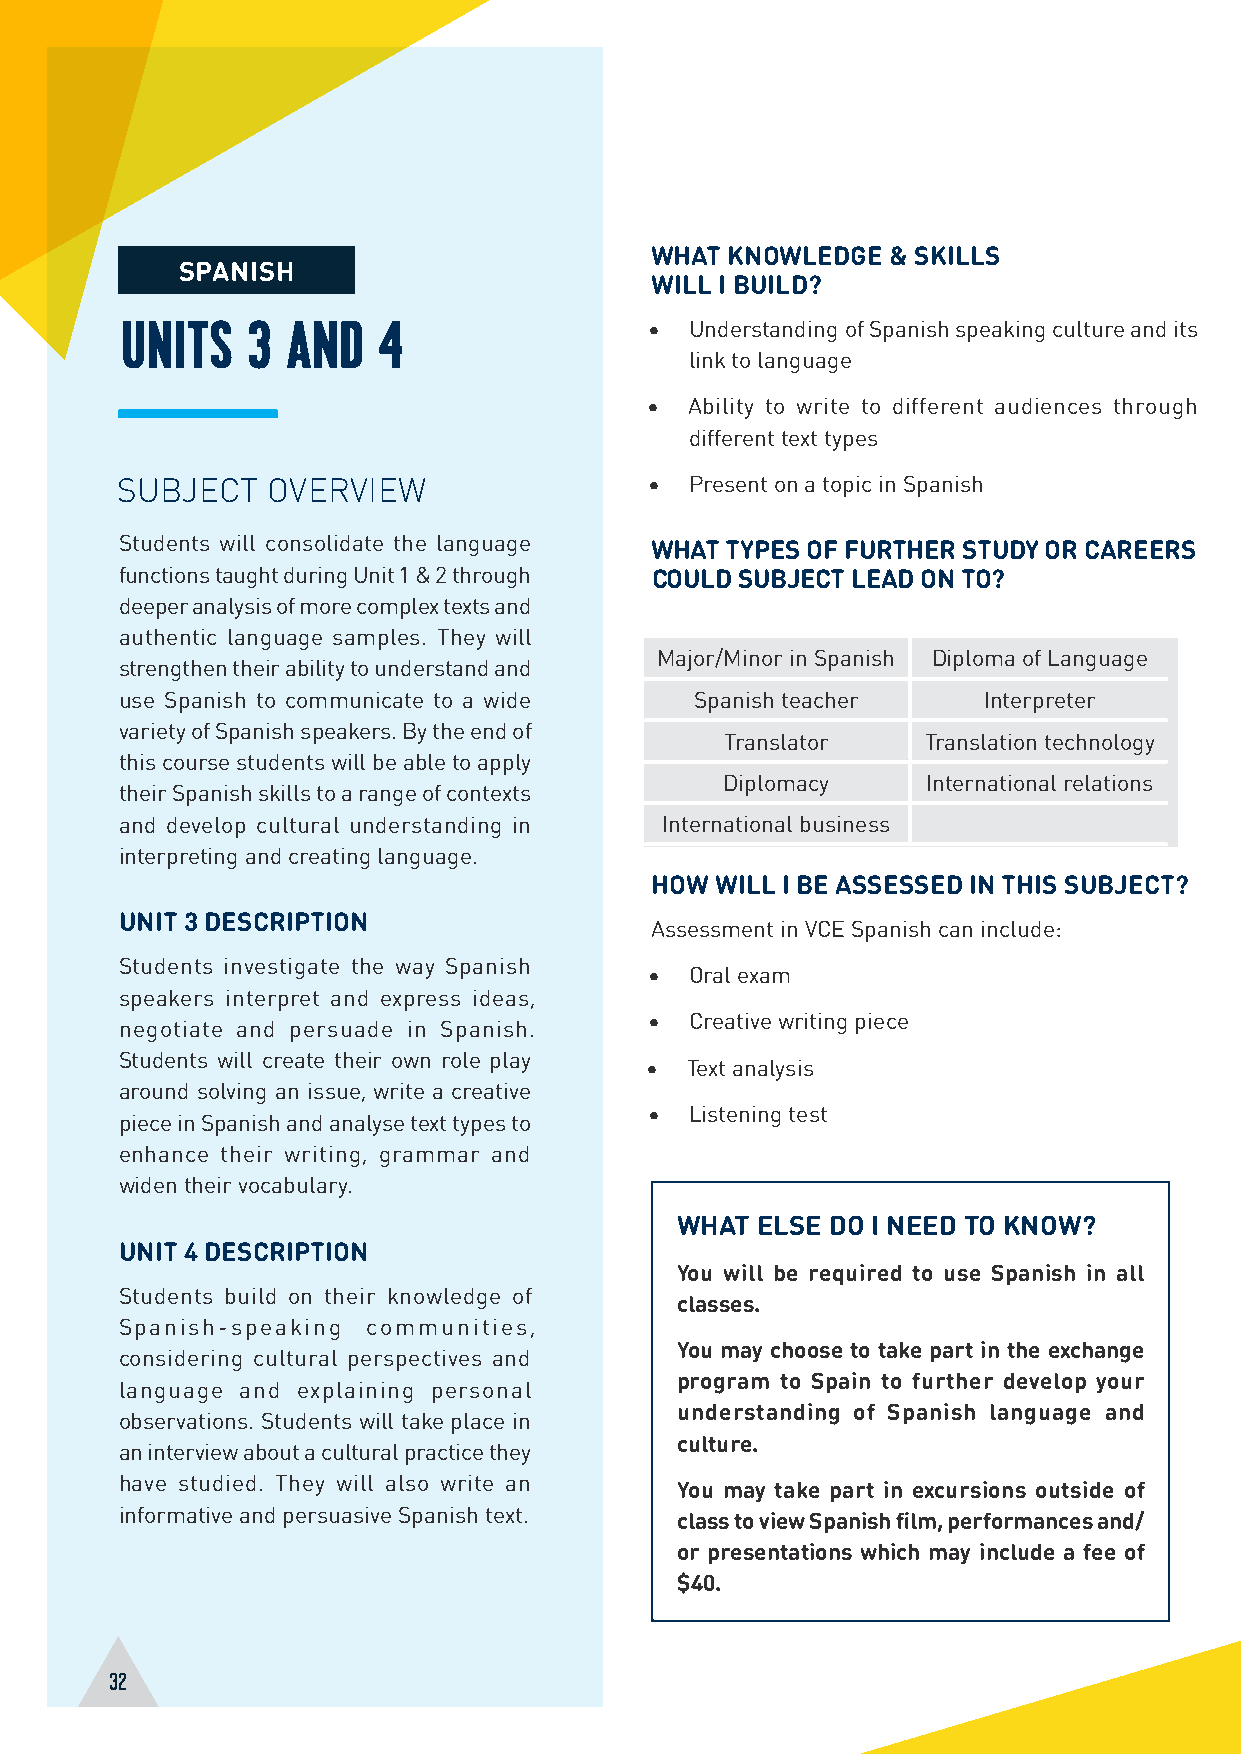
WHAT KNOWLEDGE  & SKILLS
 SPANISH
 WILL I BUILD?
 UNITS   3  AND   4                 •  Understanding of Spanish speaking culture and its
 link to language
 •  Ability to write to different audiences through
 different text types
 SUBJECT   OVERVIEW                 •  Present on a topic in Spanish
 Students will consolidate the language
 WHAT TYPES OF FURTHER STUDY OR CAREERS
 functions taught during Unit 1 & 2 through COULD SUBJECT LEAD ON TO?
 deeper analysis of more complex texts and
 authentic language samples. They will
 Major/Minor in Spanish Diploma of Language
 strengthen their ability to understand and
 use Spanish to communicate to a wide  Spanish teacher    Interpreter
 variety of Spanish speakers. By the end of
 Translator   Translation technology
 this course students will be able to apply
 Diplomacy    International relations
 their Spanish skills to a range of contexts
 and develop cultural understanding in International business
 interpreting and creating language.
 HOW WILL I BE ASSESSED IN THIS SUBJECT?
 UNIT 3 DESCRIPTION
 Assessment in VCE Spanish can include:
 Students investigate the way Spanish
 •  Oral exam
 speakers interpret and express ideas,
 •  Creative writing piece
 negotiate and persuade in Spanish.
 Students will create their own role play
 • Text analysis
 around solving an issue, write a creative
 •  Listening test
 piece in Spanish and analyse text types to
 enhance their writing, grammar and
 widen their vocabulary.
 WHAT ELSE DO I NEED TO KNOW?
 UNIT 4 DESCRIPTION
 You will be required to use Spanish in all
 Students build on their knowledge of
 classes.
 Spanish-speaking communities,
 You may choose to take part in the exchange
 considering cultural perspectives and
 program to Spain to further develop your
 language and explaining personal
 understanding of Spanish language and
 observations. Students will take place in
 culture.
 an interview about a cultural practice they
 have studied. They will also write an
 You may take part in excursions outside of
 informative and persuasive Spanish text.
 class to view Spanish film, performances and/
 or presentations which may include a fee of
 $40.
 32